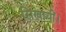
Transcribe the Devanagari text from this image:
सिखायीं।